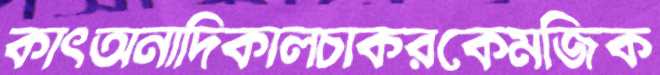
কাৎঅনাদিকালচাকরকেমজিক